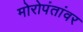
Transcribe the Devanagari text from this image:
मोरोपंतांवर